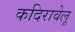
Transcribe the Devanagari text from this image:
कदिरावेलू